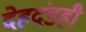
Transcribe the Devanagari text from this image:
देहदंडही